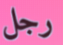
رجل